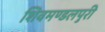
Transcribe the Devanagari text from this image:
शिवमण्डलपुरी